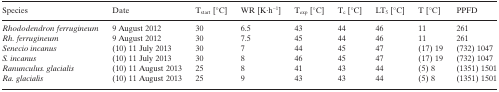
<table><thead><tr><td><b>Species</b></td><td><b>Date</b></td><td><b>T<sub>start</sub> [°C]</b></td><td><b>WR [K·h<sup>−1</sup>]</b></td><td><b>T<sub>exp</sub> [°C]</b></td><td><b>T<sub>c</sub> [°C]</b></td><td><b>LT<sub>5</sub> [°C]</b></td><td><b>T [°C]</b></td><td><b>PPFD</b></td></tr></thead><tbody><tr><td><i>Rhododendron ferrugineum</i></td><td>9 August 2012</td><td>30</td><td>6.5</td><td>43</td><td>44</td><td>46</td><td>11</td><td>261</td></tr><tr><td><i>Rh. ferrugineum</i></td><td>9 August 2012</td><td>30</td><td>7.5</td><td>45</td><td>44</td><td>46</td><td>11</td><td>261</td></tr><tr><td><i>Senecio incanus</i></td><td>(10) 11 July 2013</td><td>30</td><td>7</td><td>44</td><td>45</td><td>47</td><td>(17) 19</td><td>(732) 1047</td></tr><tr><td><i>S. incanus</i></td><td>(10) 11 July 2013</td><td>30</td><td>8</td><td>46</td><td>45</td><td>47</td><td>(17) 19</td><td>(732) 1047</td></tr><tr><td><i>Ranunculus. glacialis</i></td><td>(10) 11 August 2013</td><td>25</td><td>8</td><td>41</td><td>43</td><td>44</td><td>(5) 8</td><td>(1351) 1501</td></tr><tr><td><i>Ra. glacialis</i></td><td>(10) 11 August 2013</td><td>25</td><td>9</td><td>43</td><td>43</td><td>44</td><td>(5) 8</td><td>(1351) 1501</td></tr></tbody></table>